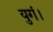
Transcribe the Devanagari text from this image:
युगं।